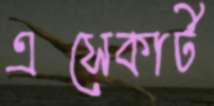
এসেকার্ট